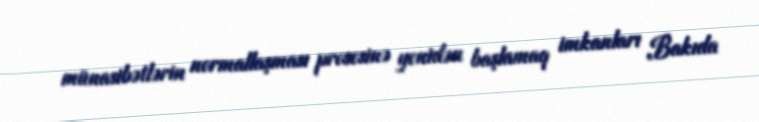
münasibətlərin normallaşması prosesinə yenidən başlamaq imkanları Bakıda